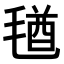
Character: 𣮩